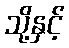
သို့နှင့်